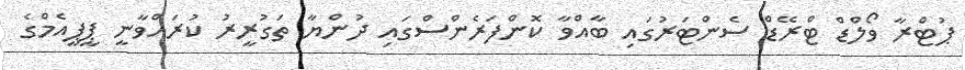
ޕުޓްރާ ވޯލްޑް ޓްރޭޑް ސެންޓަރުގައި ބާއްވާ ކޮންފަރެންސްގައި ދުންޔާ ތަގުރީރު ކުރައްވާނީ ޕީޕީއެމްގެ